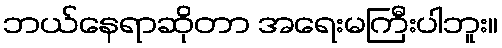
ဘယ်နေရာဆိုတာ အရေးမကြီးပါဘူး။